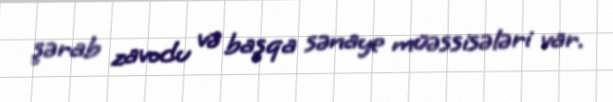
şərab zavodu və başqa sənaye müəssisələri var.